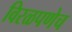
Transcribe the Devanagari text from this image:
विरळपणेच